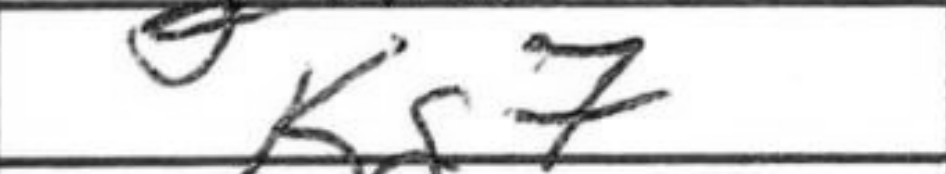
Transcription: Kg7